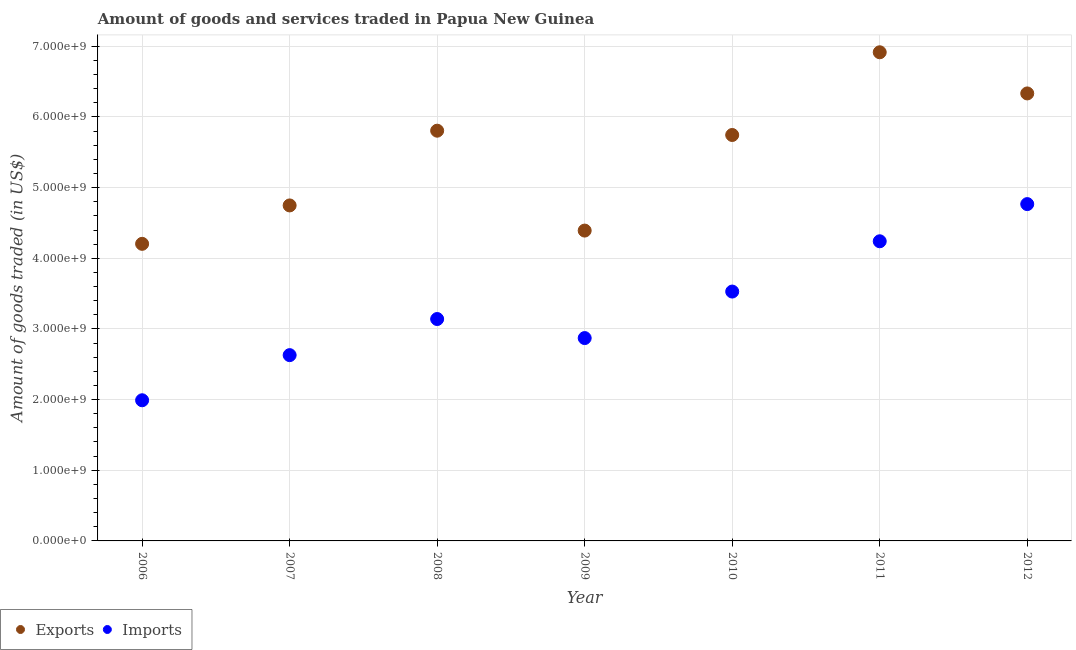
| Year | Exports | Imports |
 | --- | --- | --- |
 | 2006 | 4.2e+09 | 1.99e+09 |
 | 2007 | 4.75e+09 | 2.63e+09 |
 | 2008 | 5.81e+09 | 3.14e+09 |
 | 2009 | 4.39e+09 | 2.87e+09 |
 | 2010 | 5.74e+09 | 3.53e+09 |
 | 2011 | 6.92e+09 | 4.24e+09 |
 | 2012 | 6.33e+09 | 4.77e+09 |